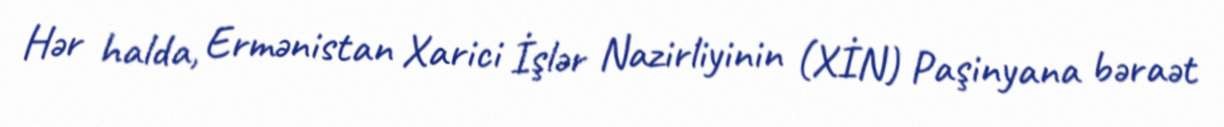
Hər halda, Ermənistan Xarici İşlər Nazirliyinin (XİN) Paşinyana bəraət